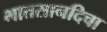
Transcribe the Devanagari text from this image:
भातसानदिचा